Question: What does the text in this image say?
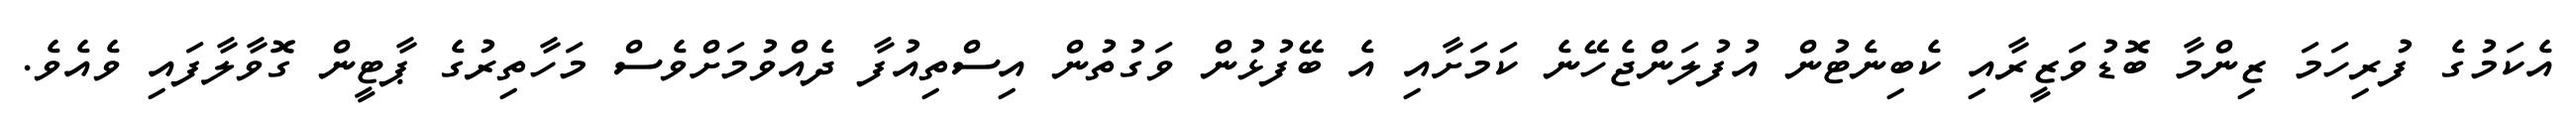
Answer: އެކަމުގެ ފުރިހަމަ ޒިންމާ ބޮޑުވަޒީރާއި ކެބިނެޓުން އުފުލަންޖެހޭނެ ކަމަށާއި އެ ބޭފުޅުން ވަގުތުން އިސްތިއުފާ ދެއްވުމަށްވެސް މަހާތިރުގެ ޕާޓީން ގޮވާލާފައި ވެއެވެ.